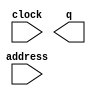
// megafunction wizard: %ROM: 1-PORT%VBB%
// GENERATION: STANDARD
// VERSION: WM1.0
// MODULE: altsyncram 

// ============================================================
// Megafunction Name(s):
// 			altsyncram
//
// Simulation Library Files(s):
// 			altera_mf
// ============================================================
// ************************************************************
// THIS IS A WIZARD-GENERATED FILE. DO NOT EDIT THIS FILE!
//
// 14.0.0 Build 200 06/17/2014 SJ Full Version
// ************************************************************

//Copyright (C) 1991-2014 Altera Corporation. All rights reserved.
//Your use of Altera Corporation's design tools, logic functions 
//and other software and tools, and its AMPP partner logic 
//functions, and any output files from any of the foregoing 
//(including device programming or simulation files), and any 
//associated documentation or information are expressly subject 
//to the terms and conditions of the Altera Program License 
//Subscription Agreement, the Altera Quartus II License Agreement,
//the Altera MegaCore Function License Agreement, or other 
//applicable license agreement, including, without limitation, 
//that your use is for the sole purpose of programming logic 
//devices manufactured by Altera and sold by Altera or its 
//authorized distributors.  Please refer to the applicable 
//agreement for further details.

module svm_model_rom_ip_mlab (
	address,
	clock,
	q);

	input	[6:0]  address;
	input	  clock;
	output	[575:0]  q;
`ifndef ALTERA_RESERVED_QIS
// synopsys translate_off
`endif
	tri1	  clock;
`ifndef ALTERA_RESERVED_QIS
// synopsys translate_on
`endif

endmodule

// ============================================================
// CNX file retrieval info
// ============================================================
// Retrieval info: PRIVATE: ADDRESSSTALL_A NUMERIC "0"
// Retrieval info: PRIVATE: AclrAddr NUMERIC "0"
// Retrieval info: PRIVATE: AclrByte NUMERIC "0"
// Retrieval info: PRIVATE: AclrOutput NUMERIC "0"
// Retrieval info: PRIVATE: BYTE_ENABLE NUMERIC "0"
// Retrieval info: PRIVATE: BYTE_SIZE NUMERIC "8"
// Retrieval info: PRIVATE: BlankMemory NUMERIC "0"
// Retrieval info: PRIVATE: CLOCK_ENABLE_INPUT_A NUMERIC "0"
// Retrieval info: PRIVATE: CLOCK_ENABLE_OUTPUT_A NUMERIC "0"
// Retrieval info: PRIVATE: Clken NUMERIC "0"
// Retrieval info: PRIVATE: IMPLEMENT_IN_LES NUMERIC "0"
// Retrieval info: PRIVATE: INIT_FILE_LAYOUT STRING "PORT_A"
// Retrieval info: PRIVATE: INIT_TO_SIM_X NUMERIC "0"
// Retrieval info: PRIVATE: INTENDED_DEVICE_FAMILY STRING "Cyclone V"
// Retrieval info: PRIVATE: JTAG_ENABLED NUMERIC "1"
// Retrieval info: PRIVATE: JTAG_ID STRING "svmm"
// Retrieval info: PRIVATE: MAXIMUM_DEPTH NUMERIC "0"
// Retrieval info: PRIVATE: MIFfilename STRING "../04_scripts/SVMModel.mif"
// Retrieval info: PRIVATE: NUMWORDS_A NUMERIC "128"
// Retrieval info: PRIVATE: RAM_BLOCK_TYPE NUMERIC "1"
// Retrieval info: PRIVATE: RegAddr NUMERIC "1"
// Retrieval info: PRIVATE: RegOutput NUMERIC "1"
// Retrieval info: PRIVATE: SYNTH_WRAPPER_GEN_POSTFIX STRING "0"
// Retrieval info: PRIVATE: SingleClock NUMERIC "1"
// Retrieval info: PRIVATE: UseDQRAM NUMERIC "0"
// Retrieval info: PRIVATE: WidthAddr NUMERIC "7"
// Retrieval info: PRIVATE: WidthData NUMERIC "576"
// Retrieval info: PRIVATE: rden NUMERIC "0"
// Retrieval info: LIBRARY: altera_mf altera_mf.altera_mf_components.all
// Retrieval info: CONSTANT: ADDRESS_ACLR_A STRING "NONE"
// Retrieval info: CONSTANT: CLOCK_ENABLE_INPUT_A STRING "BYPASS"
// Retrieval info: CONSTANT: CLOCK_ENABLE_OUTPUT_A STRING "BYPASS"
// Retrieval info: CONSTANT: INIT_FILE STRING "../04_scripts/SVMModel.mif"
// Retrieval info: CONSTANT: INTENDED_DEVICE_FAMILY STRING "Cyclone V"
// Retrieval info: CONSTANT: LPM_HINT STRING "ENABLE_RUNTIME_MOD=YES,INSTANCE_NAME=svmm"
// Retrieval info: CONSTANT: LPM_TYPE STRING "altsyncram"
// Retrieval info: CONSTANT: NUMWORDS_A NUMERIC "128"
// Retrieval info: CONSTANT: OPERATION_MODE STRING "ROM"
// Retrieval info: CONSTANT: OUTDATA_ACLR_A STRING "NONE"
// Retrieval info: CONSTANT: OUTDATA_REG_A STRING "CLOCK0"
// Retrieval info: CONSTANT: RAM_BLOCK_TYPE STRING "MLAB"
// Retrieval info: CONSTANT: WIDTHAD_A NUMERIC "7"
// Retrieval info: CONSTANT: WIDTH_A NUMERIC "576"
// Retrieval info: CONSTANT: WIDTH_BYTEENA_A NUMERIC "1"
// Retrieval info: USED_PORT: address 0 0 7 0 INPUT NODEFVAL "address[6..0]"
// Retrieval info: USED_PORT: clock 0 0 0 0 INPUT VCC "clock"
// Retrieval info: USED_PORT: q 0 0 576 0 OUTPUT NODEFVAL "q[575..0]"
// Retrieval info: CONNECT: @address_a 0 0 7 0 address 0 0 7 0
// Retrieval info: CONNECT: @clock0 0 0 0 0 clock 0 0 0 0
// Retrieval info: CONNECT: q 0 0 576 0 @q_a 0 0 576 0
// Retrieval info: GEN_FILE: TYPE_NORMAL svm_model_rom_ip_mlab.v TRUE
// Retrieval info: GEN_FILE: TYPE_NORMAL svm_model_rom_ip_mlab.inc FALSE
// Retrieval info: GEN_FILE: TYPE_NORMAL svm_model_rom_ip_mlab.cmp FALSE
// Retrieval info: GEN_FILE: TYPE_NORMAL svm_model_rom_ip_mlab.bsf FALSE
// Retrieval info: GEN_FILE: TYPE_NORMAL svm_model_rom_ip_mlab_inst.v FALSE
// Retrieval info: GEN_FILE: TYPE_NORMAL svm_model_rom_ip_mlab_bb.v TRUE
// Retrieval info: LIB_FILE: altera_mf